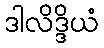
ဒါလိဒ္ဒိယံ